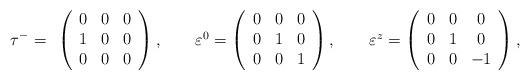
LaTeX: \begin{align*}\tau^- = \begin{array}{c}\left( \begin{array}{ccc}0 & 0 & 0 \\1 & 0 & 0 \\0 & 0 & 0 \end{array} \right),\qquad\varepsilon^0 = \left( \begin{array}{ccc}0 & 0 & 0 \\0 & 1 & 0 \\0 & 0 & 1 \end{array} \right),\qquad\varepsilon^z = \left( \begin{array}{ccc}0 & 0 & 0 \\0 & 1 & 0 \\0 & 0 & -1 \end{array} \right),\end{array}\end{align*}